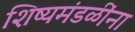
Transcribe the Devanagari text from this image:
शिष्यमंडळींना